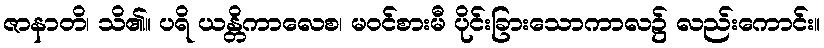
ဇာနာတိ၊ သိ၏။ ပရိ ယန္တိကာလေစ၊ မဝင်စားမီ ပိုင်းခြားသောကာလ၌ လည်းကောင်း။